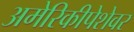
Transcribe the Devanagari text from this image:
अमेरिकीपेशेवर